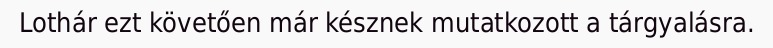
Lothár ezt követően már késznek mutatkozott a tárgyalásra.